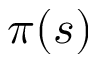
\pi ( s )